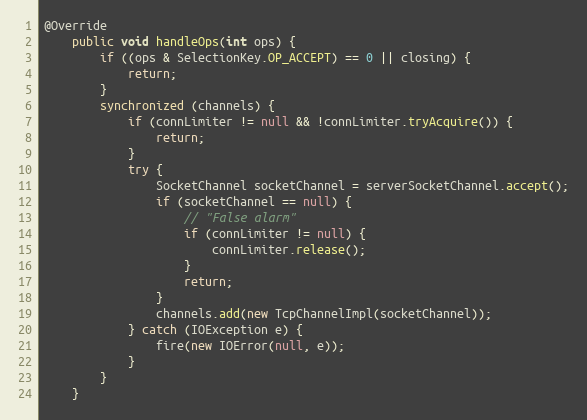
Language: Java
@Override
    public void handleOps(int ops) {
        if ((ops & SelectionKey.OP_ACCEPT) == 0 || closing) {
            return;
        }
        synchronized (channels) {
            if (connLimiter != null && !connLimiter.tryAcquire()) {
                return;
            }
            try {
                SocketChannel socketChannel = serverSocketChannel.accept();
                if (socketChannel == null) {
                    // "False alarm"
                    if (connLimiter != null) {
                        connLimiter.release();
                    }
                    return;
                }
                channels.add(new TcpChannelImpl(socketChannel));
            } catch (IOException e) {
                fire(new IOError(null, e));
            }
        }
    }